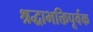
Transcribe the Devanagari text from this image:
श्रद्धाभक्तिपूर्वक